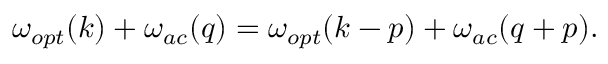
\begin{array} { r } { \omega _ { o p t } ( k ) + \omega _ { a c } ( q ) = \omega _ { o p t } ( k - p ) + \omega _ { a c } ( q + p ) . } \end{array}